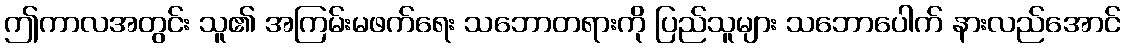
ဤကာလအတွင်း သူ၏ အကြမ်းမဖက်ရေး သဘောတရားကို ပြည်သူများ သဘောပေါက် နားလည်အောင်